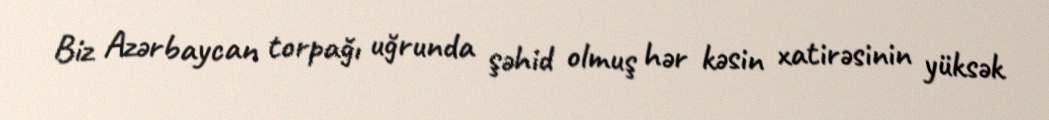
Biz Azərbaycan torpağı uğrunda şəhid olmuş hər kəsin xatirəsinin yüksək